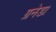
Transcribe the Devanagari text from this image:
ग्रनेडा